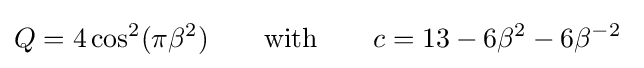
Q=4\cos ^{2}(\pi \beta ^{2})\qquad {\text{with}}\qquad c=13-6\beta ^{2}-6\beta ^{-2}\